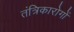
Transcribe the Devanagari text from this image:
तंत्रिकारोगों